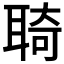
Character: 𦖊